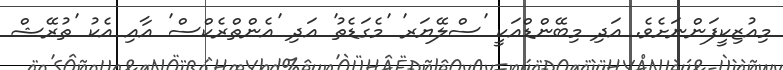
މިއުޒިކީފަންނަށެވެ. އަދި މިބޭންޑްއަކީ 'ސްލޭޔަރ' 'މެގަޑެތު' އަދި 'އެންތްރެކްސް' އާއި އެކު 'ތުރޭޝް